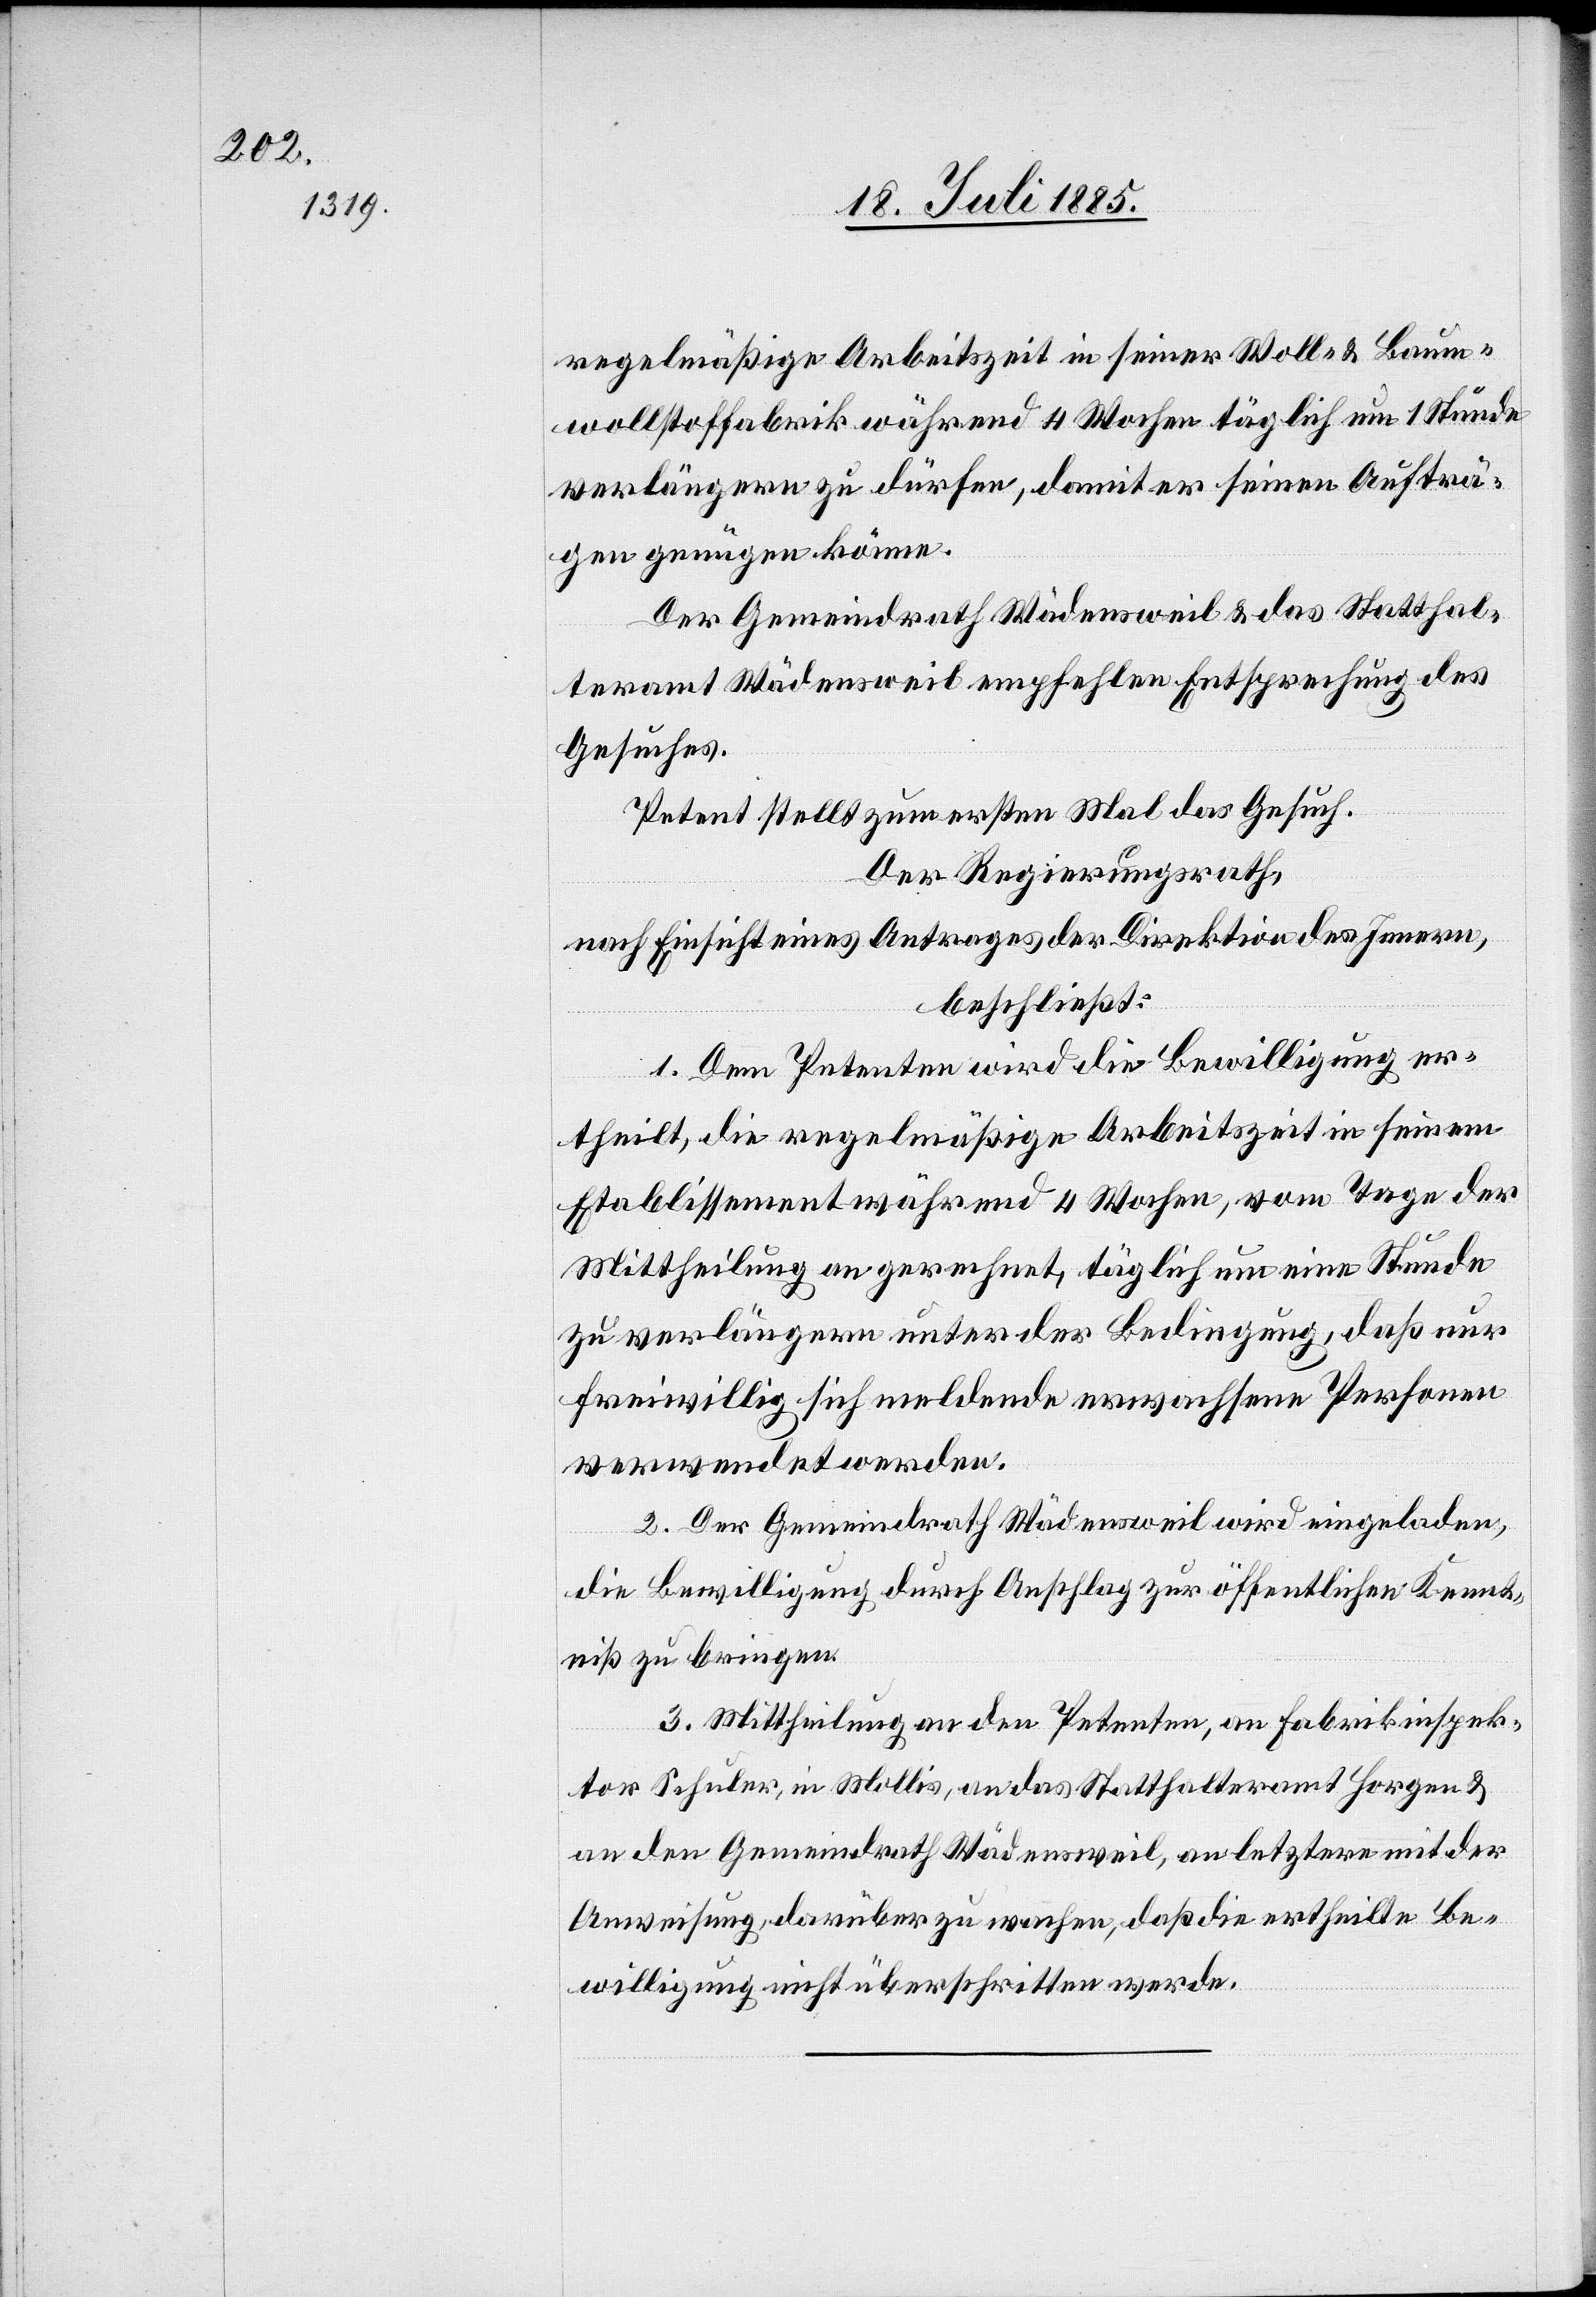
regelmäßige Arbeitszeit in seiner Woll- & Baum¬
wollstoffabrik während 4 Wochen täglich um 1 Stunde
verlängern zu dürfen, damit er seinen Aufträ¬
gen genügen könne.
Der Gemeindrath Wädensweil & das Statthal¬
teramt Wädensweil empfehlen Entsprechung des
Gesuches.
Petent stellt zum ersten Mal das Gesuch.
Der Regierungsrath,
nach Einsicht eines Antrages der Direktion des Innern,
beschließt:
1. Dem Petenten wird die Bewilligung er¬
theilt, die regelmäßige Arbeitszeit in seinem
Etablissement während 4 Wochen, vom Tage der
Mittheilung an gerechnet, täglich um eine Stunde
zu verlängern unter der Bedingung, daß nur
freiwillig sich meldende erwachsene Personen
verwendet werden.
2. Der Gemeindrath Wädensweil wird eingeladen,
die Bewilligung durch Anschlag zur öffentlichen Kennt¬
niß zu bringen.
3. Mittheilung an den Petenten, an Fabrikinspek¬
tor Schuler, in Mollis, an das Statthalteramt Horgen &
an den Gemeindrath Wädensweil, an letztern mit der
Anweisung darüber zu wachen, daß die ertheilte Be¬
willigung nicht überschritten werde.